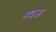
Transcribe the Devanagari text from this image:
मदस